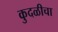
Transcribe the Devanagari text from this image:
कुदळीचा